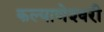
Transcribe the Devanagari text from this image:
कल्‍याणेश्‍वरी